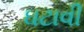
ઘટાવી